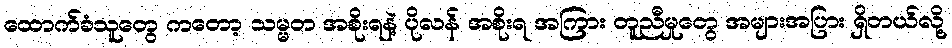
ထောက်ခံသူတွေ ကတော့ သမ္မတ အစိုးရနဲ့ ပိုလန် အစိုးရ အကြား တူညီမှုတွေ အများအပြား ရှိတယ်လို့